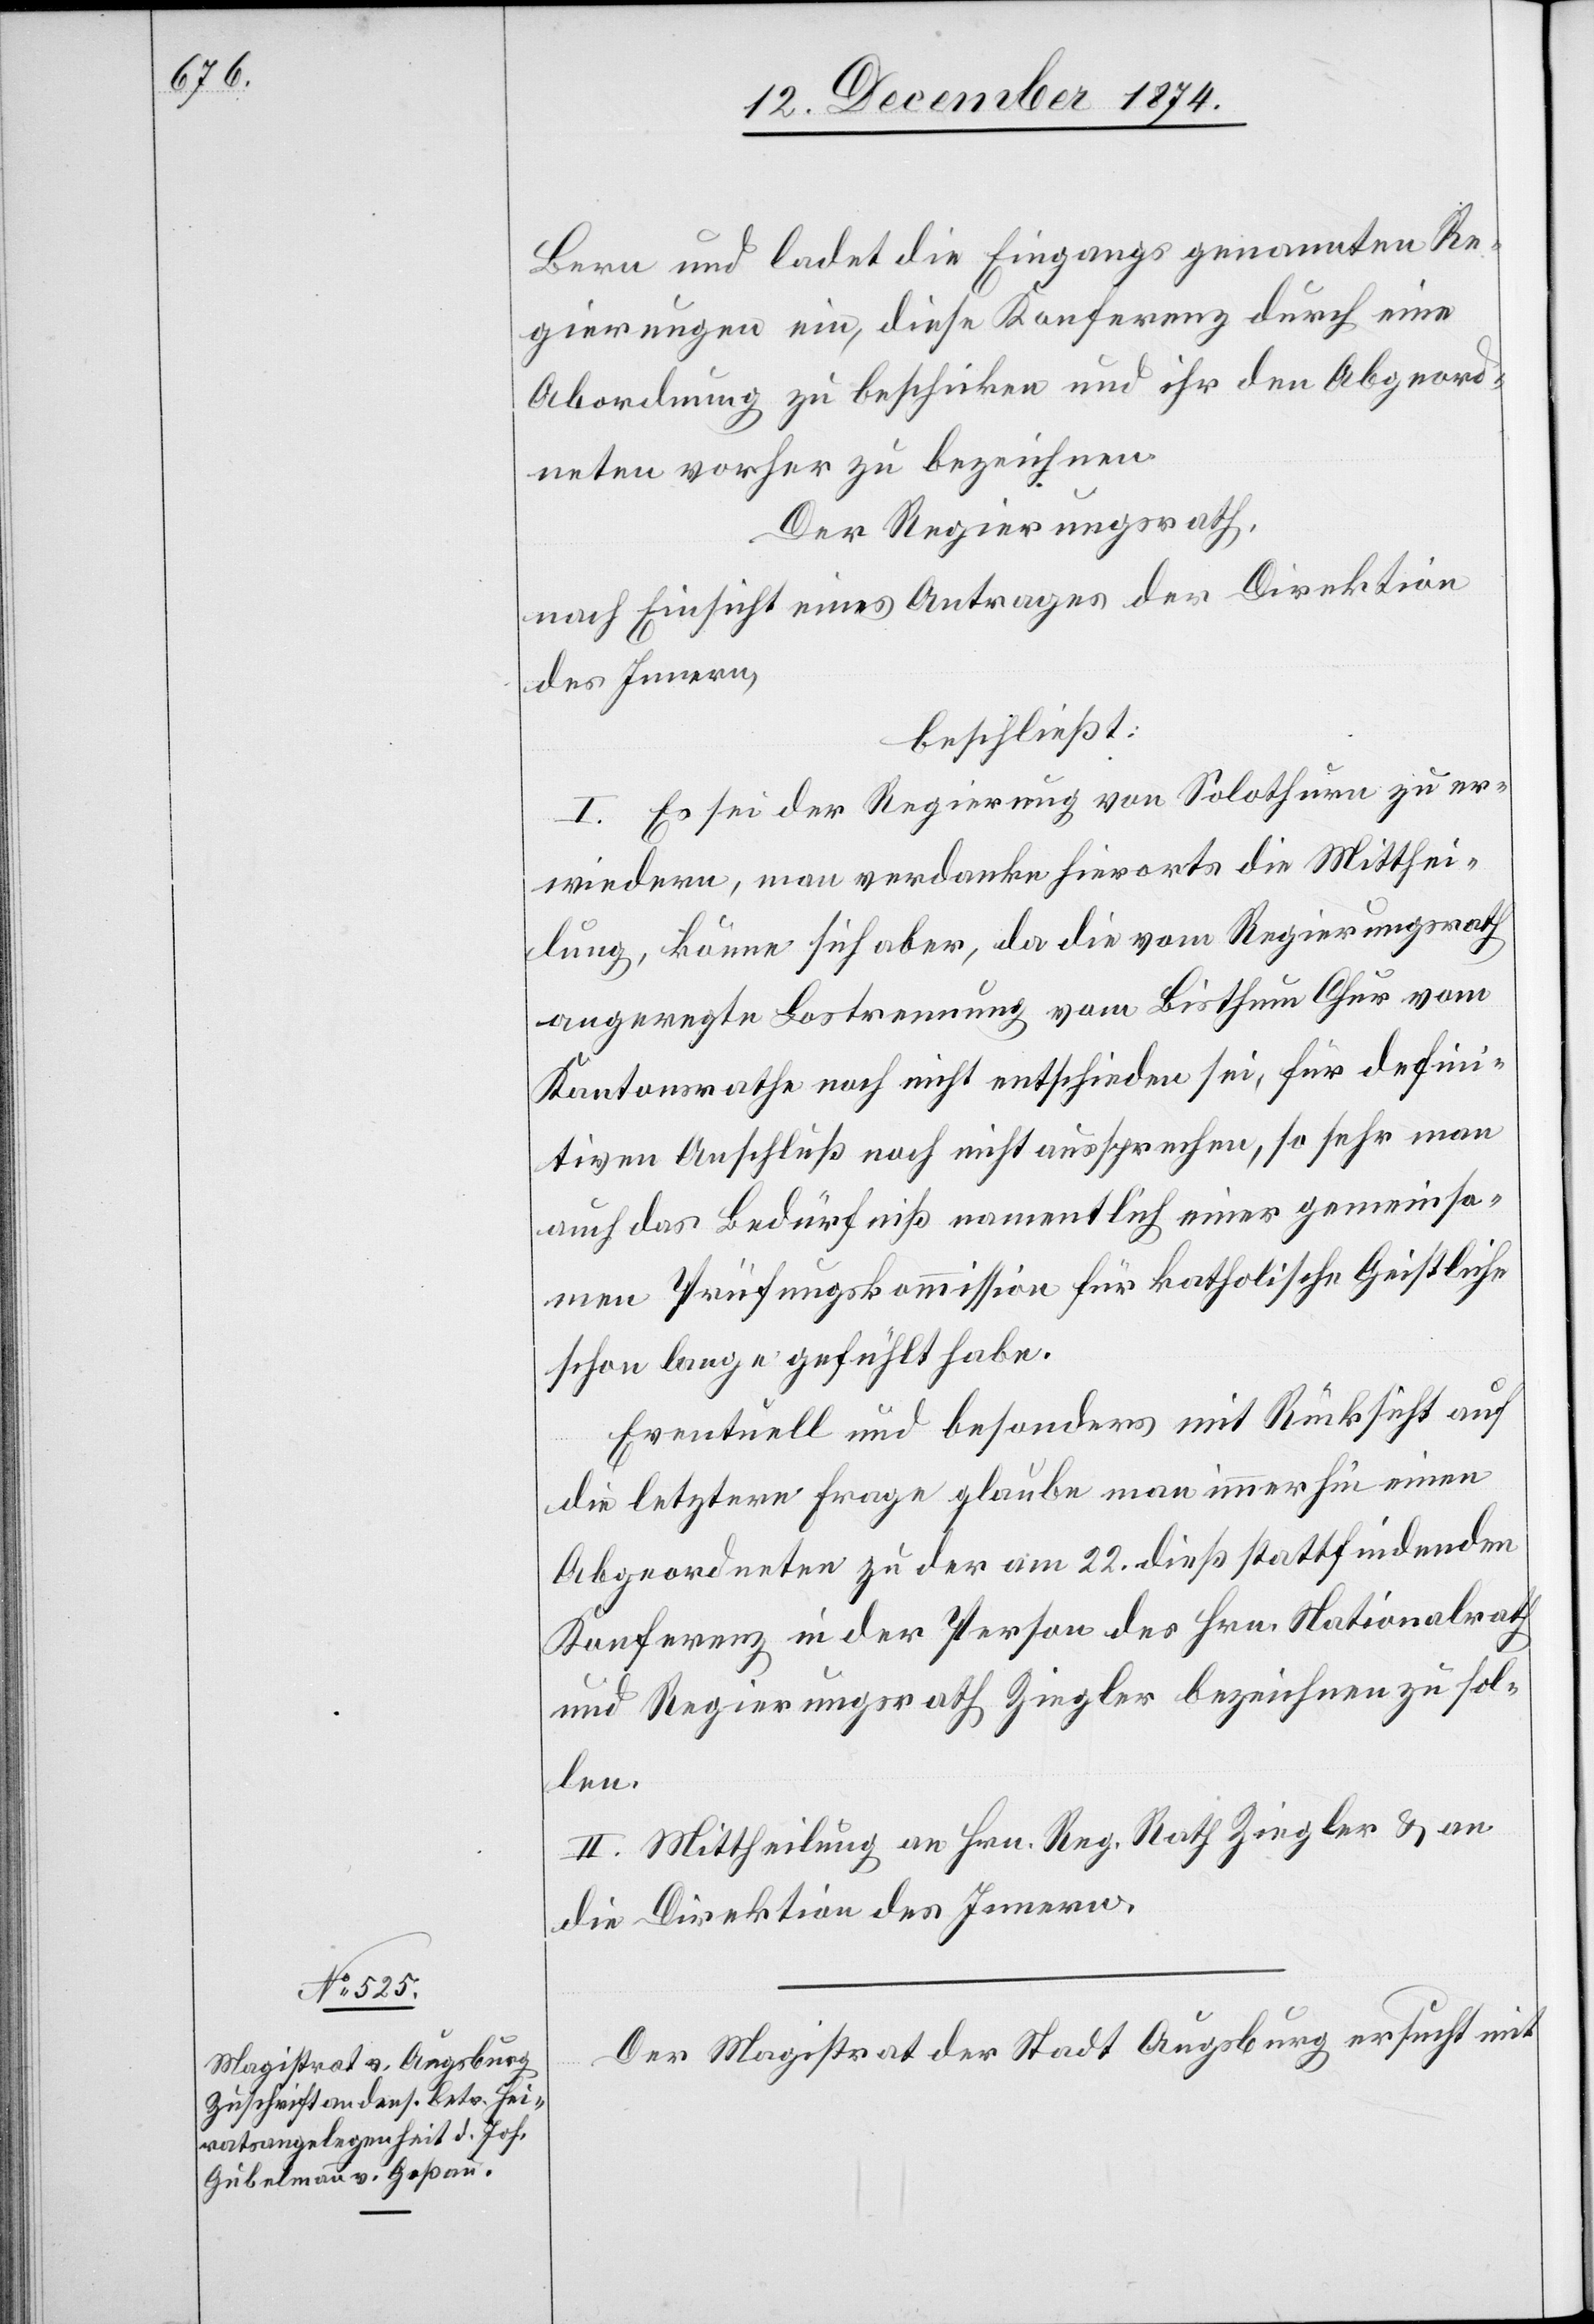
16. Dezember 1874.]
Bern und ladet die Eingangs genannten Re¬
gierungen ein, diese Konferenz durch eine
Abordnung zu beschicken und ihr den Abgeord¬
neten vorher zu bezeichnen.
Der Regierungsrath,
nach Einsicht eines Antrages der Direktion
des Innern,
beschließt:
I. Es sei der Regierung von Solothurn zu er¬
wiedern, man verdanke hierorts die Mitthei¬
lung, könne sich aber, da die vom Regierungsrath
angeregte Lostrennung vom Bisthum Chur vom
Kantonsrathe noch nicht entschieden sei, für defini¬
tiven Anschluß noch nicht aussprechen, so sehr man
auch das Bedürfniß namentlich einer gemeinsa¬
men Prüfungskommission für katholische Geistliche
schon lange gefühlt habe.
Eventuell und besonders mit Rücksicht auf
die letztere Frage glaube man immerhin einen
Abgeordneten zu der am 22. dieß stattfindenden
Konferenz in der Person des Hrn. Nationalrath
und Regierungsrath Ziegler bezeichnen zu sol¬
len.
II. Mittheilung an Hrn. Reg. Rath Ziegler & an
die Direktion des Innern.
Der Magistrat der Stadt Augsburg ersucht mit